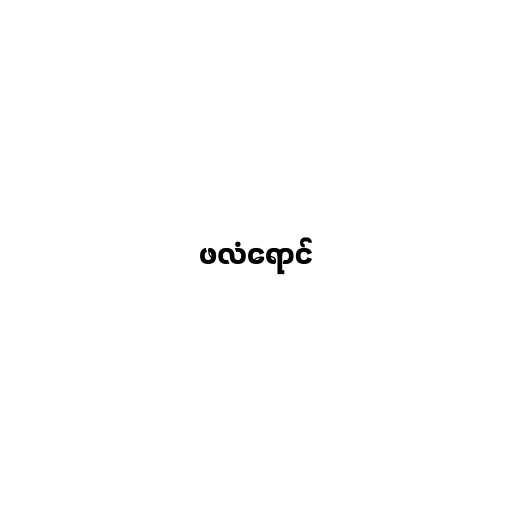
ဖလံရောင်